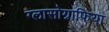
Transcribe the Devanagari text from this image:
ग्लासोग्राफिया